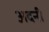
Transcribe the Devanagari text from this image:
अदनी